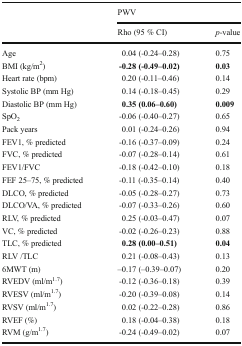
<table><thead><tr><td rowspan="2"></td><td colspan="2"><b>PWV</b></td></tr><tr><td><b>Rho (95 % CI)</b></td><td><b><i>p</i>-value</b></td></tr></thead><tbody><tr><td>Age</td><td>0.04 (-0.24–0.28)</td><td>0.75</td></tr><tr><td>BMI (kg/m<sup>2</sup>)</td><td><b>-0.28 (-0.49–0.02)</b></td><td><b>0.03</b></td></tr><tr><td>Heart rate (bpm)</td><td>0.20 (-0.11–0.46)</td><td>0.14</td></tr><tr><td>Systolic BP (mm Hg)</td><td>0.14 (-0.18–0.45)</td><td>0.29</td></tr><tr><td>Diastolic BP (mm Hg)</td><td><b>0.35 (0.06–0.60)</b></td><td><b>0.009</b></td></tr><tr><td>SpO<sub>2</sub></td><td>-0.06 (-0.40–0.27)</td><td>0.65</td></tr><tr><td>Pack years</td><td>0.01 (-0.24–0.26)</td><td>0.94</td></tr><tr><td>FEV1, % predicted</td><td>-0.16 (-0.37–0.09)</td><td>0.24</td></tr><tr><td>FVC, % predicted</td><td>-0.07 (-0.28–0.14)</td><td>0.61</td></tr><tr><td>FEV1/FVC</td><td>-0.18 (-0.42–0.10)</td><td>0.18</td></tr><tr><td>FEF 25–75, % predicted</td><td>-0.11 (-0.35–0.14)</td><td>0.40</td></tr><tr><td>DLCO, % predicted</td><td>-0.05 (-0.28–0.27)</td><td>0.73</td></tr><tr><td>DLCO/VA, % predicted</td><td>-0.07 (-0.33–0.26)</td><td>0.60</td></tr><tr><td>RLV, % predicted</td><td>0.25 (-0.03–0.47)</td><td>0.07</td></tr><tr><td>VC, % predicted</td><td>-0.02 (-0.26–0.23)</td><td>0.88</td></tr><tr><td>TLC, % predicted</td><td><b>0.28 (0.00–0.51)</b></td><td><b>0.04</b></td></tr><tr><td>RLV /TLC</td><td>0.21 (-0.08–0.43)</td><td>0.13</td></tr><tr><td>6MWT (m)</td><td>–0.17 (–0.39–0.07)</td><td>0.20</td></tr><tr><td>RVEDV (ml/m<sup>1.7</sup>)</td><td>-0.12 (-0.36–0.18)</td><td>0.39</td></tr><tr><td>RVESV (ml/m<sup>1.7</sup>)</td><td>-0.20 (-0.39–0.08)</td><td>0.14</td></tr><tr><td>RVSV (ml/m<sup>1.7</sup>)</td><td>0.02 (-0.22–0.28)</td><td>0.86</td></tr><tr><td>RVEF (%)</td><td>0.18 (-0.04–0.38)</td><td>0.18</td></tr><tr><td>RVM (g/m<sup>1.7</sup>)</td><td>-0.24 (-0.49–0.02)</td><td>0.07</td></tr></tbody></table>